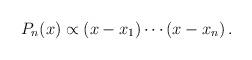
LaTeX: \begin{align*}P_{n}(x)\propto (x-x_{1})\cdots (x-x_{n}) \,. \end{align*}